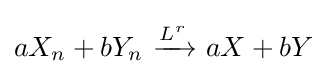
aX_{n}+bY_{n}\ {\xrightarrow {\overset {}{L^{r}}}}\ aX+bY